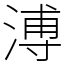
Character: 溥